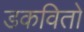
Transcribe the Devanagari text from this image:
डकवितो